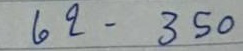
62 - 350